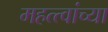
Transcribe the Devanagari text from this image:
महत्त्वांच्या